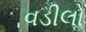
વડીલોૢ